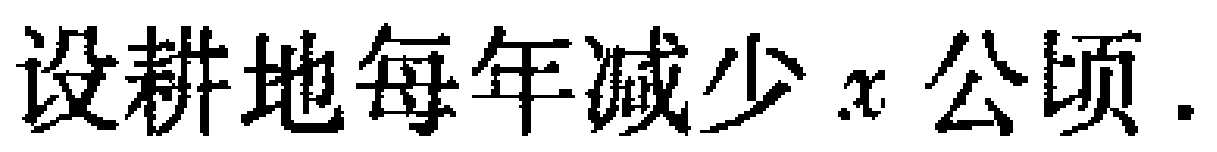
设耕地每年减少\(x\)公顷.